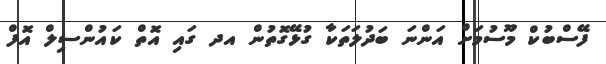
ފޭސްބުކް މޫސުމަަށް އަންނަ ބަދުލަތަކާ ގުޅޭގޮތުން އދ ގައި އޮތް ކައުންސިލް އޮފް